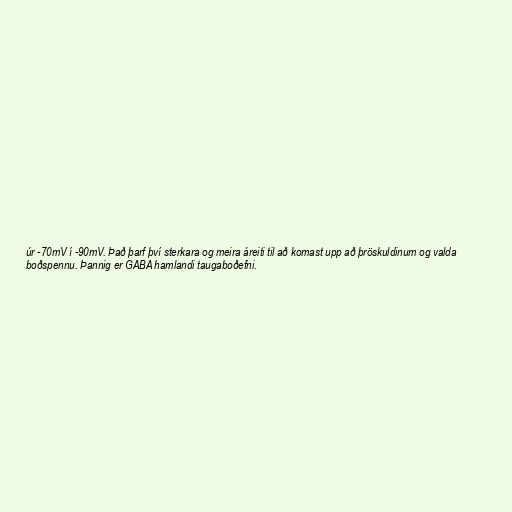
úr -70mV í -90mV. Það þarf því sterkara og meira áreiti til að komast upp að þröskuldinum og valda
boðspennu. Þannig er GABA hamlandi taugaboðefni.